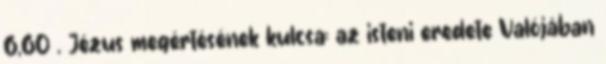
6,60 . Jézus megértésének kulcsa: az isteni eredete Valójában